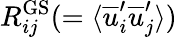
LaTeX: R_{ij}^{\mathrm{GS}}(=\langle\overline{{u}}_{i}^{\prime}\overline{{u}}_{j}^{\prime}\rangle)